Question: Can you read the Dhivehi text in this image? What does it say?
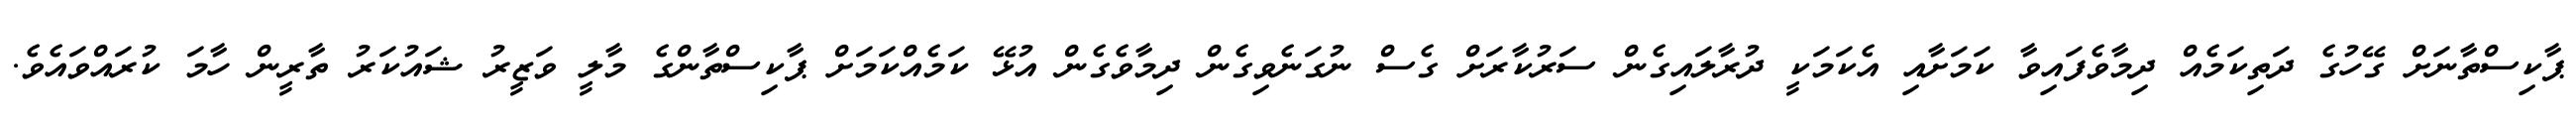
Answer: ޕާކިސްތާނަށް ގޭހުގެ ދަތިކަމެއް ދިމާވެފައިވާ ކަމަށާއި އެކަމަކީ ދުރާލައިގެން ސަރުކާރަށް ގެސް ނުގަނެވިގެން ދިމާވެގެން އުޅޭ ކަމެއްކަމަށް ޕާކިސްތާންގެ މާލީ ވަޒީރު ޝައުކަރު ތާރީން ހާމަ ކުރައްވައެވެ.